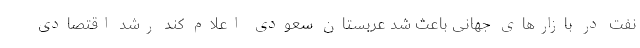
نفت در بازارهای جهانی باعث شد عربستان سعودی اعلام کند رشد اقتصادی